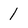
Character: 1